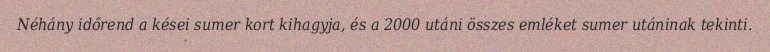
Néhány időrend a kései sumer kort kihagyja, és a 2000 utáni összes emléket sumer utáninak tekinti.